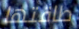
طاقتها